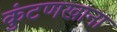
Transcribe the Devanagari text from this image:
कुंटणखाना